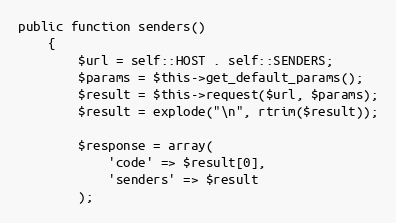
Language: PHP
public function senders()
    {
        $url = self::HOST . self::SENDERS;
        $params = $this->get_default_params();
        $result = $this->request($url, $params);
        $result = explode("\n", rtrim($result));

        $response = array(
            'code' => $result[0],
            'senders' => $result
        );